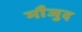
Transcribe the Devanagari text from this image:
माैजुद